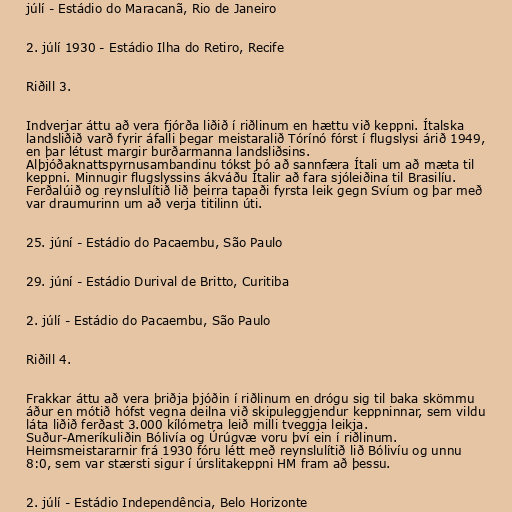
júlí - Estádio do Maracanã, Rio de Janeiro

2. júlí 1930 - Estádio Ilha do Retiro, Recife

Riðill 3.

Indverjar áttu að vera fjórða liðið í riðlinum en hættu við keppni. Ítalska
landsliðið varð fyrir áfalli þegar meistaralið Tórínó fórst í flugslysi árið 1949,
en þar létust margir burðarmanna landsliðsins.
Alþjóðaknattspyrnusambandinu tókst þó að sannfæra Ítali um að mæta til
keppni. Minnugir flugslyssins ákváðu Ítalir að fara sjóleiðina til Brasilíu.
Ferðalúið og reynslulítið lið þeirra tapaði fyrsta leik gegn Svíum og þar með
var draumurinn um að verja titilinn úti.

25. júní - Estádio do Pacaembu, São Paulo

29. júní - Estádio Durival de Britto, Curitiba

2. júlí - Estádio do Pacaembu, São Paulo

Riðill 4.

Frakkar áttu að vera þriðja þjóðin í riðlinum en drógu sig til baka skömmu
áður en mótið hófst vegna deilna við skipuleggjendur keppninnar, sem vildu
láta liðið ferðast 3.000 kílómetra leið milli tveggja leikja.
Suður-Ameríkuliðin Bólivía og Úrúgvæ voru því ein í riðlinum.
Heimsmeistararnir frá 1930 fóru létt með reynslulítið lið Bólivíu og unnu
8:0, sem var stærsti sigur í úrslitakeppni HM fram að þessu.

2. júlí - Estádio Independência, Belo Horizonte